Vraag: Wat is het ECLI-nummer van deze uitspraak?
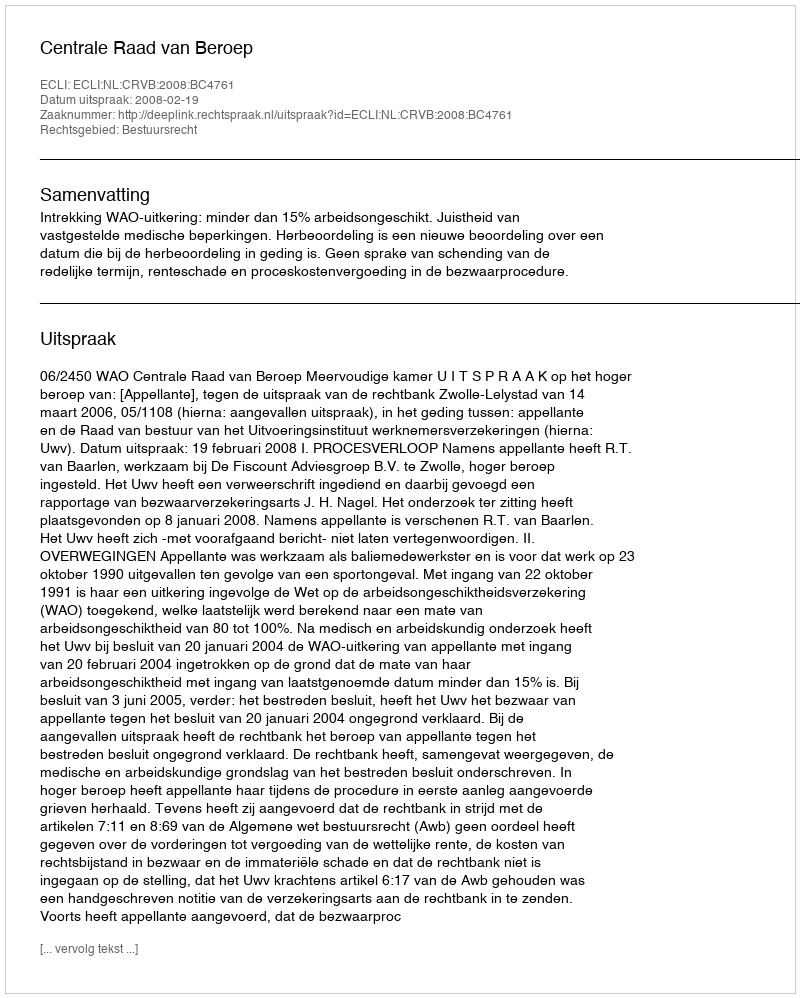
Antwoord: ECLI:NL:CRVB:2008:BC4761